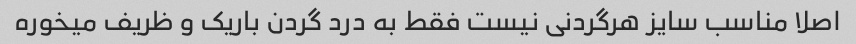
اصلا مناسب سایز هرگردنی نیست فقط به درد گردن باریک و ظریف میخوره